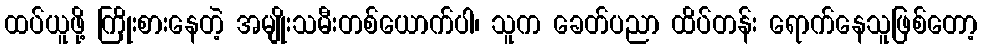
ထပ်ယူဖို့ ကြိုးစားနေတဲ့ အမျိုးသမီးတစ်ယောက်ပါ၊ သူက ခေတ်ပညာ ထိပ်တန်း ရောက်နေသူဖြစ်တော့